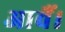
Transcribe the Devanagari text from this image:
आवैं।